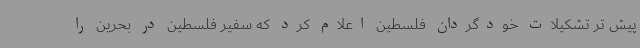
پیش تر تشکیلات خودگردان فلسطین اعلام کرد که سفیر فلسطین در بحرین را